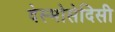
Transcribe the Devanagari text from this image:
देस्मोसेदिसी